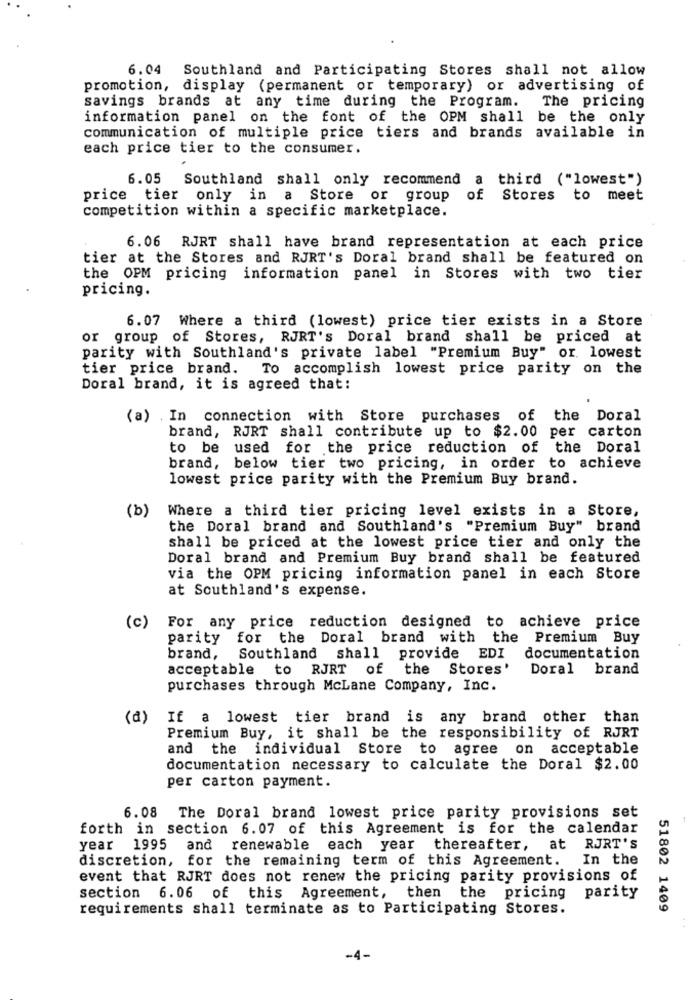
6.04 Southland and Participating Stores shall not allow
promotion, display (permanent or temporary) or advertising of
savings brands at any time during the Program. The pricing
information panel on the font of the OPM shall be the only
communication of multiple price tiers and brands available in
each price tier to the consumer.
6.05
Southland shall only recommend a third ("lowest")
price tier only in a Store or group
of Stores to meet
competition within a specific marketplace.
6.06 RJRT shall have brand representation at each price
tier at the Stores and RJRT's Doral brand shall be featured on
the OPM pricing information panel in Stores with two tier
pricing.
6.07 Where a third (lowest) price tier exists in a Store
or group of Stores, RJRT's Doral brand shall be priced at
parity with Southland's private label "Premium Buy" or lowest
tier price brand. To accomplish lowest price parity on the
Doral brand, it is agreed that:
(a) In connection with Store purchases of the Doral
brand, RJRT shall contribute up to $2.00 per carton
to be used for the price reduction of the Doral
brand, below tier two pricing, in order to achieve
lowest price parity with the Premium Buy brand.
(b)
Where a third tier pricing level exists in a Store,
the Doral brand and Southland's "Premium Buy" brand
shall be priced at the lowest price tier and only the
Doral brand and Premium Buy brand shall be featured
via the OPM pricing information panel in each Store
at Southland's expense.
(c)
For any price reduction designed to achieve price
parity for the Doral brand with the Premium Buy
brand, Southland shall provide EDI
documentation
acceptable to RJRT of
the
Stores'
Doral brand
purchases through McLane Company, Inc.
(d)
If a lowest tier brand is any brand other than
Premium Buy, it shall be the responsibility of RJRT
and the individual Store to agree on acceptable
documentation necessary to calculate the Doral $2.00
per carton payment.
6.08 The Doral brand lowest price parity provisions set
forth in section 6.07 of this Agreement is for the calendar
year 1995 and renewable each year thereafter,
at RJRT'S
discretion, for the remaining term of this Agreement.
In the
event that RJRT does not renew the pricing parity provisions of
section 6.06 of this Agreement, then the pricing
parity
requirements shall terminate as to Participating Stores.
51802 1409
-4-